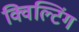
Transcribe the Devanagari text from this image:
क्विल्टिंग